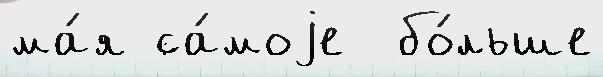
ма́я са́моjе  бо́льше